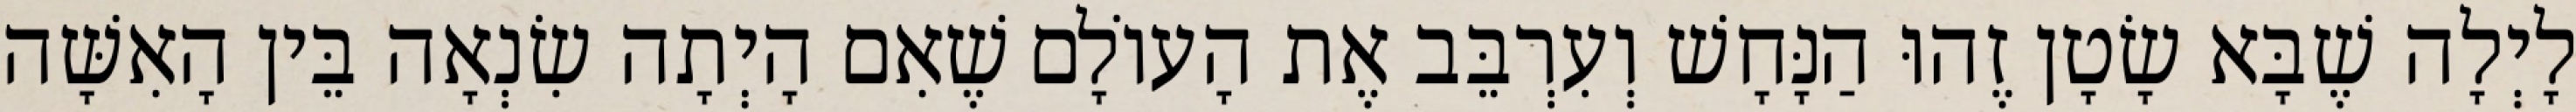
לָיְלָה שֶׁבָּא שָׂטָן זֶהוּ הַנָּחָשׁ וְעִרְבֵּב אֶת הָעוֹלָם שֶׁאִם הָיְתָה שִׂנְאָה בֵּין הָאִשָּׁה